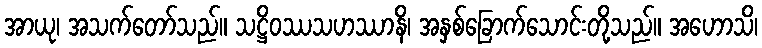
အာယု၊ အသက်တော်သည်။ သဋ္ဌိဝဿသဟဿာနိ၊ အနှစ်ခြောက်သောင်းတို့သည်။ အဟောသိ၊